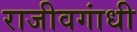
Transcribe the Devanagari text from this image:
राजीवगांधी